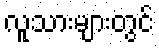
လူသားများတွင်